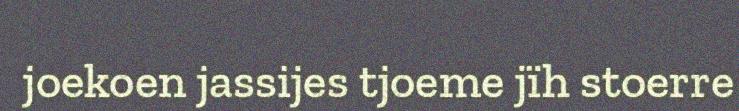
joekoen jassijes tjoeme jïh stoerre